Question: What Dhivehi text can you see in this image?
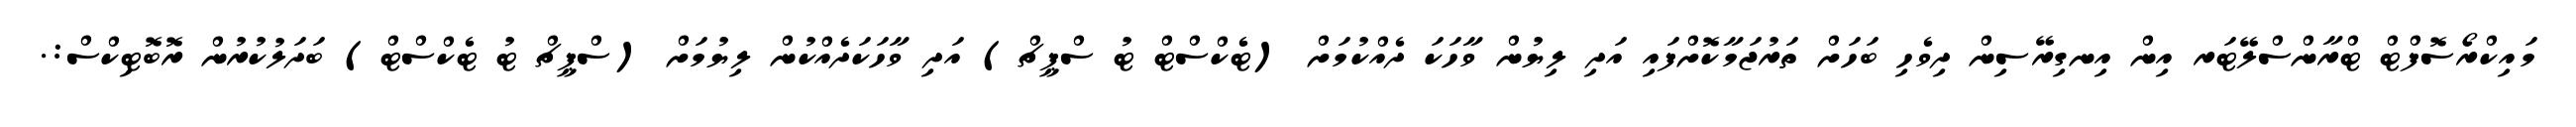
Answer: މައިކްރޯސޮފްޓް ޓްރާންސްލޭޓަރ އިން އިނގިރޭސިން ދިވެހި ބަހަށް ތަރުޖަމާކޮށްފައި އަދި ލިޔުން ވާހަކަ ދެއްކުމަށް (ޓެކްސްޓް ޓު ސްޕީޗް) އަދި ވާހަކަދެއްކުން ލިޔުމަށް (ސްޕީޗް ޓު ޓެކްސްޓް) ބަދަލުކުރުން ރޮބޮޓިކްސް:.